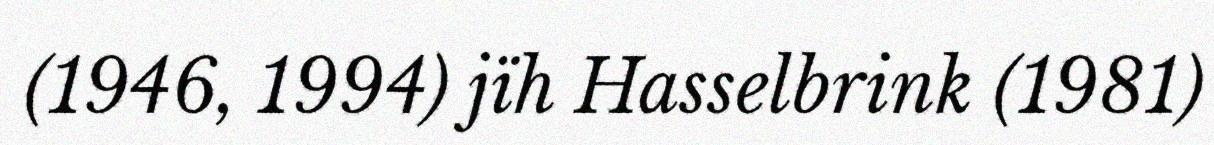
(1946, 1994) jïh Hasselbrink (1981)